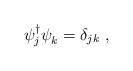
LaTeX: \begin{align*}\psi_j^\dagger \psi^{}_k = \delta_{jk}~,\end{align*}